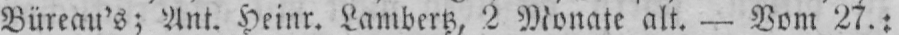
Büreau’s; Ant. Heinr. Lambertz, 2 Monate alt. - Vom 27.: